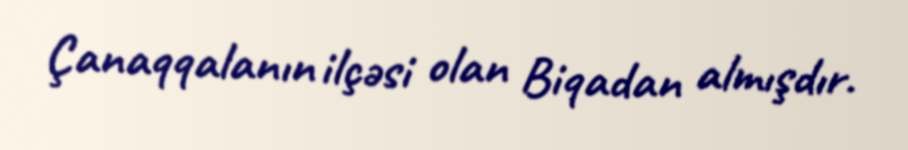
Çanaqqalanın ilçəsi olan Biqadan almışdır.